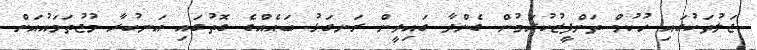
ޖަލުތަކުގައި ހުކުމް ތަންފީޒުކުރަމުން ގެންދާ ގައިދީން ރަނގަޅު ބައެއްގެ ގޮތުގައި އަނބުރާ މުޖުތަމައުއަށް